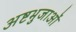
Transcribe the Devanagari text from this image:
अष्टभुजाओं